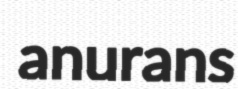
anurans